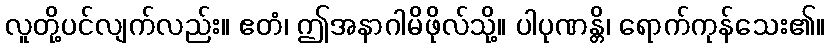
လူတို့ပင်လျက်လည်း။ ဧတံ၊ ဤအနာဂါမိဖိုလ်သို့။ ပါပုဏန္တိ၊ ရောက်ကုန်သေး၏။